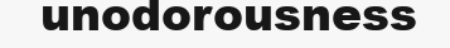
unodorousness